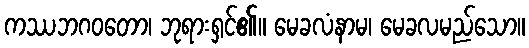
ကဿဘဂဝတော၊ ဘုရားရှင်၏။ မေခလံနာမ၊ မေခလမည်သော။